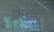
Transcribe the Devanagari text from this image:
क्रेच्केट